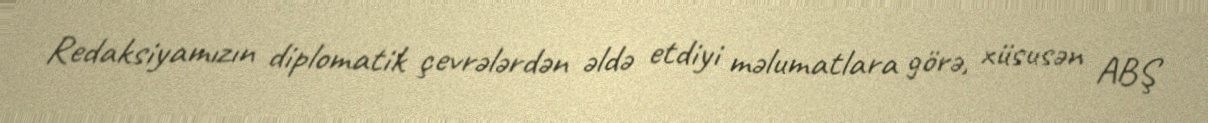
Redaksiyamızın diplomatik çevrələrdən əldə etdiyi məlumatlara görə, xüsusən ABŞ